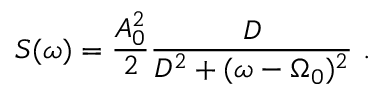
S ( \omega ) = \frac { A _ { 0 } ^ { 2 } } { 2 } \frac { D } { D ^ { 2 } + ( \omega - \Omega _ { 0 } ) ^ { 2 } } \mathrm { ~ . ~ }